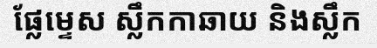
ផ្លែម្ទេស ស្លឹកកាឆាយ និងស្លឹក